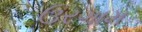
ઉરગામ